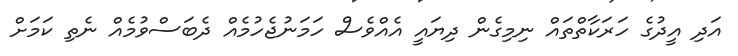
އަދި އީދުގެ ހަރަކާތްތައް ނިމިގެން ދިޔައީ އެއްވެސް ހަމަނުޖެހުމެއް ދެބަސްވުމެއް ނެތި ކަމަށް